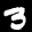
Label: 3